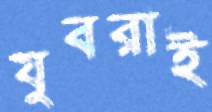
যুবরাই